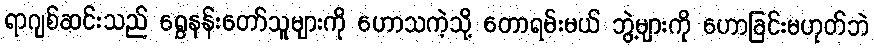
ရာဂျစ်ဆင်းသည် ရွှေနန်းတော်သူများကို ဟောသကဲ့သို့ တောရမ်းမယ် ဘွဲ့များကို ဟောခြင်းမဟုတ်ဘဲ